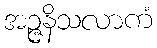
အဉ္ဇနိသလာကံ